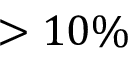
> 1 0 \%